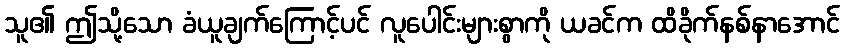
သူ၏ ဤသို့သော ခံယူချက်ကြောင့်ပင် လူပေါင်းများစွာကို ယခင်က ထိခိုက်နစ်နာအောင်